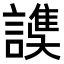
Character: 𧫟